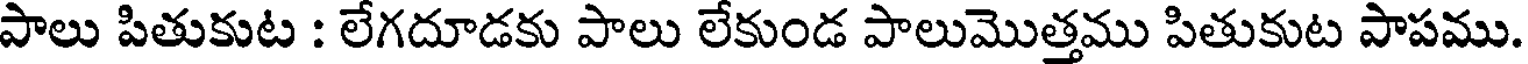
పాలు పితుకుట : లేగదూడకు పాలు లేకుండ పాలుమొత్తము పితుకుట పాపము.